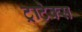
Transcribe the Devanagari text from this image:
ट्राटेक्स